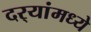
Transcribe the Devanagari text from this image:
दर्‍यांमध्ये